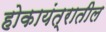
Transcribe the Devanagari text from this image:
होकायंत्रातील